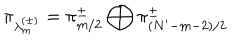
\pi _ { \lambda _ { m } ^ { ( \pm ) } } = \pi _ { m / 2 } ^ { \pm } \bigoplus \pi _ { ( N ^ { \prime } - m - 2 ) / 2 } ^ { \pm }